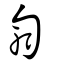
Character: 匑